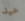
عيد